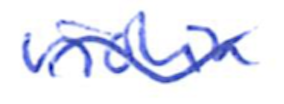
Text: violin
Cross-out: wave
Writing tool: ballpoint